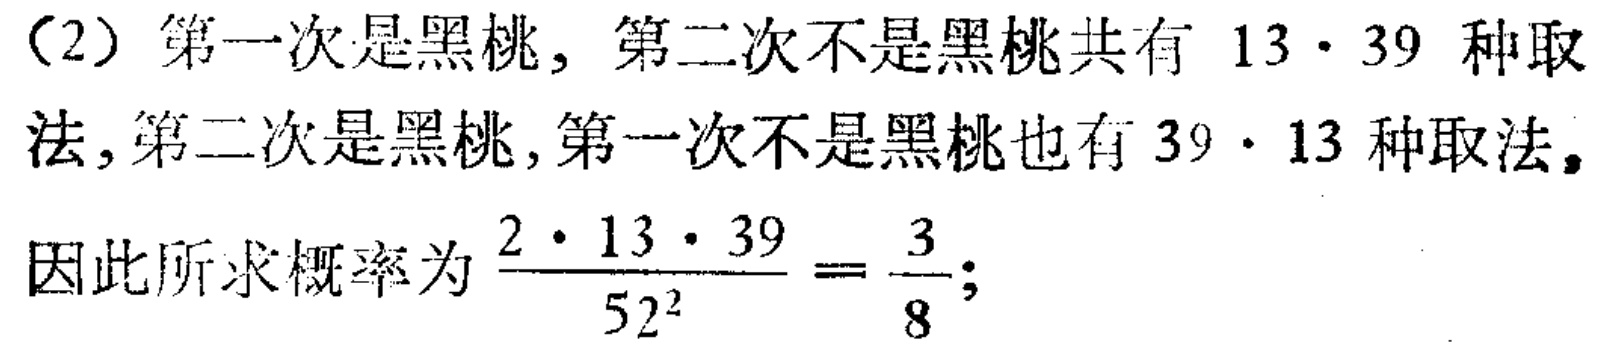
（2）第一次是黑桃，第二次不是黑桃共有 \(13\cdot 39\) 种取法，第二次是黑桃，第一次不是黑桃也有 \(39\cdot 13\) 种取法。

因此所求概率为 \(\frac{2\cdot 13\cdot 39}{52^{2}}=\frac{3}{8}\)；